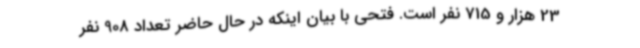
23 هزار و 715 نفر است. فتحی با بیان اینکه در حال حاضر تعداد 908 نفر